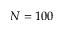
N = 1 0 0